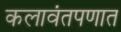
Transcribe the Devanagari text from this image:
कलावंतपणात